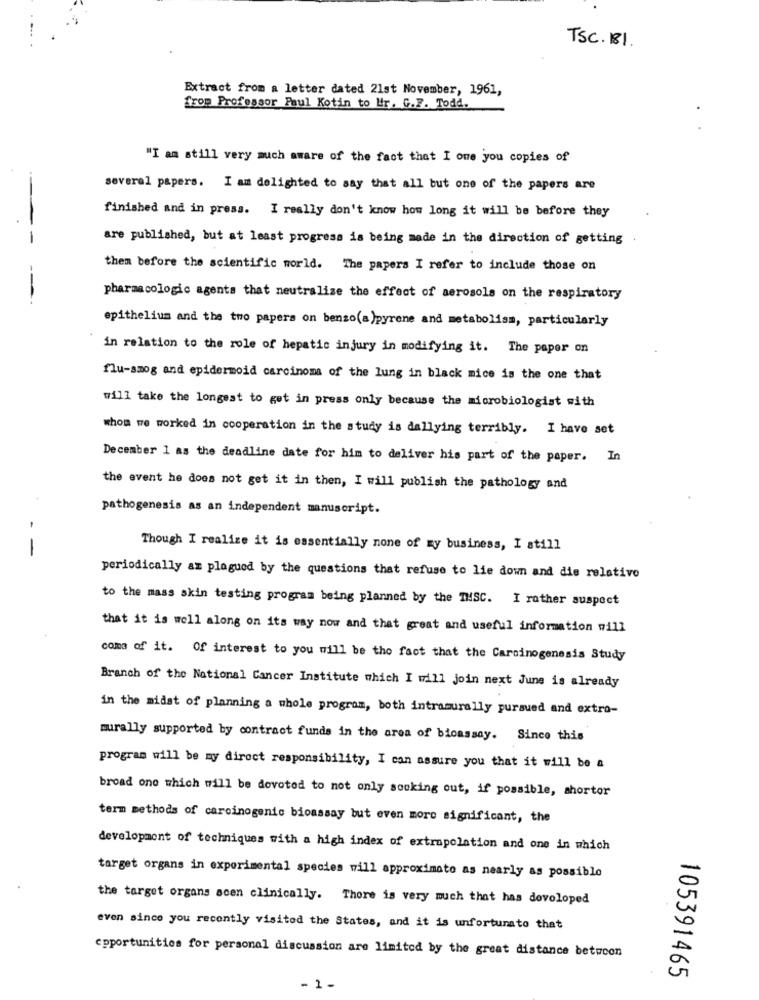
TSC. 181.
Extract from a letter dated 21st November, 1961,
from Professor Paul Kotin to Ur. G.F. Todd.
"I am still very much aware of the fact that I one you copies of
several papers. I am delighted to say that all but one of the papers are
finished and in press. I really don't know how long it will be before they
--
are published, but at least progress is being made in the direction of getting
them before the scientific world. The papers I refer to include those on
---
pharmacologic agents that neutralize the effect of aerosols on the respiratory
epithelium and the two papers on benzo(a)pyrene and metabolism, particularly
in relation to the role of hepatic injury in modifying it. The paper on
flu-smog and epidermoid carcinoma of the lung in black mice is the one that
will take the longest to get in press only because the microbiologist with
whom we worked in cooperation in the study is dallying terribly. I have set
December 1 as the deadline date for him to deliver his part of the paper. In
the event he does not get it in then, I will publish the pathology and
pathogenesis as an independent manuscript.
-
-
Though I realize it is essentially none of my business, I still
periodically am plagued by the questions that refuse to lie down and die relativo
to the mass skin testing program being planned by the THSC. I rather suspect
that it is well along on its way now and that great and useful information will
came of it. Of interest to you will be the fact that the Carcinogenesis Study
Branch of the National Cancer Institute which I will join next June is already
in the midst of planning a whole program, both intramurally pursued and extra-
murally supported by contract funds in the area of bioassay. Since this
program will be my direct responsibility, I can assure you that it will be a
broad one which will be devoted to not only socking out, if possible, shortor
term methods of carcinogenic bioassay but even more significant, the
development of techniques with a high index of extrapolation and one in which
target organs in experimental species will approximato as nearly as possible
the target organs scen clinically. Thore is very much that has developed
even since you recently visited the States, and it is unfortunato that
opportunities for personal discussion are limited by the great distance between
105391465
- 1-